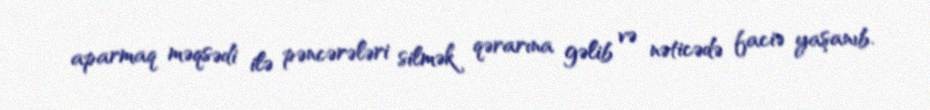
aparmaq məqsədi ilə pəncərələri silmək qərarına gəlib və nəticədə faciə yaşanıb.